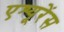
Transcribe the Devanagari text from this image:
एश्यूरेंस